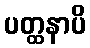
ပတ္ထနာပိ